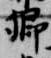
卿